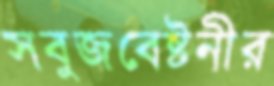
সবুজবেষ্টনীর